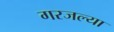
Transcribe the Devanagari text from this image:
गरजल्या